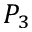
P _ { 3 }